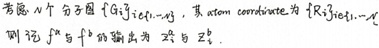
考虑$N$个分子团$\{G_i\}_{i = 1,\cdots ,N}$，其原子coordinate为$\{R_i\}_{i = 1,\cdots ,N}$，则$\mathcal{F}^{n}$与$\mathcal{F}^{p}$的输出为$\mathcal{Z}_{i}^{n}$与$\mathcal{Z}_{i}^{p}$.